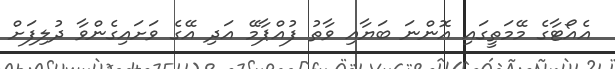
އެއޯޓާގެ މޭމަތީގައި އޮންނަ ބަޔާއި ވާތު ފުއްޕާމޭ އަދި އޭގެ ވަށައިގެންވާ ދުލިފަށް